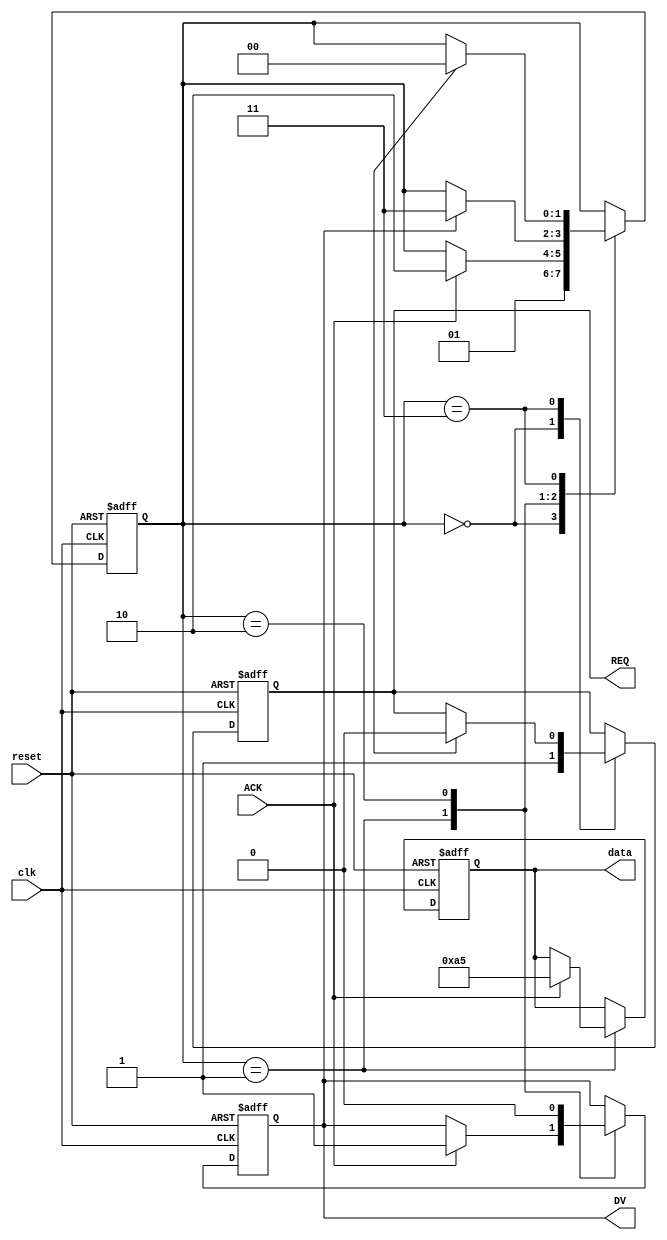
module Master (
    input wire clk,
    input wire reset,
    output reg REQ,
    input wire ACK,
    output reg DV,
    output reg [7:0] data // Example data width
);
    reg [1:0] state;

    // State encoding
    parameter IDLE = 2'b00;
    parameter WAIT_ACK = 2'b01;
    parameter SEND_DATA = 2'b10;
    parameter WAIT_DR = 2'b11;

    initial begin
        REQ = 0;
        DV = 0;
        data = 8'b0;
        state = IDLE;
    end

    always @(posedge clk or posedge reset) begin
        if (reset) begin
            REQ <= 0;
            DV <= 0;
            data <= 8'b0;
            state <= IDLE;
        end else begin
            case (state)
                IDLE: begin
                    REQ <= 1; // Request to start transaction
                    state <= WAIT_ACK;
                end

                WAIT_ACK: begin
                    if (ACK) begin // Wait for acknowledgment from slave
                        data <= 8'hA5; // Example data to send
                        DV <= 1; // Data is valid
                        state <= SEND_DATA;
                    end
                end

                SEND_DATA: begin
                    if (DV) begin
                        // Once DV is asserted, wait for the slave to read the data.
                        DV <= 0; // Clear DV after sending data
                        state <= WAIT_DR;
                    end
                end

                WAIT_DR: begin
                    if (DR == 1) begin // Wait for data ready signal from slave
                        REQ <= 0; // Deassert REQ
                        state <= IDLE; // Go back to idle state
                    end
                end

                default: state <= IDLE; // Reset to idle on unexpected state
            endcase
        end
    end
endmodule